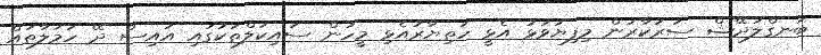
ބަނގްލަދޭޝް ސަރުކާރުން މިފިޔަވަޅު އެޅީ ހަތިޔާރުއެޅި މީހުން ސައިކަލްތަކުގައި އައިސް ދޭ ހަމަލާތައް